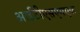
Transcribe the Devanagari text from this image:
आईटीएसएमएफ़